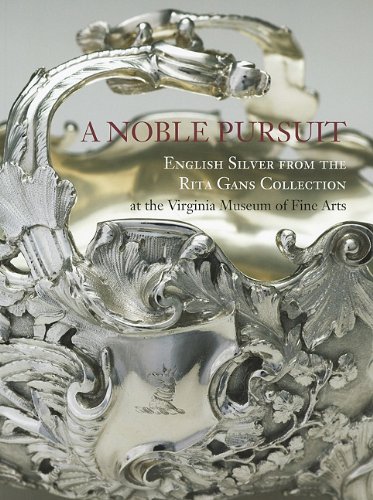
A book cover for A Noble Pursuit: English Silver from the Rita Gans Collection at the Virginia Museum of Fine Arts; Christopher Hartop; Crafts, Hobbies & Home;